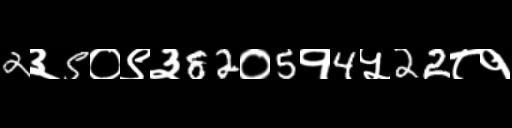
Text: 2३5०९३82०5१4५22८१